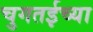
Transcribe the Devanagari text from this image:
चुगतईच्या